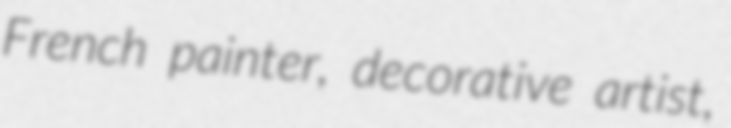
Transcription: French painter, decorative artist,